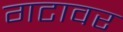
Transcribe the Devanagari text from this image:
गटावर